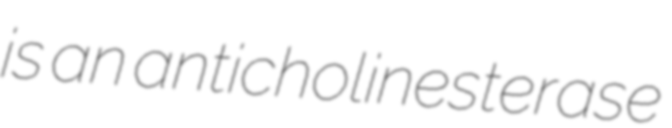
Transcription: is an anticholinesterase